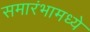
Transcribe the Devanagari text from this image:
समारंभामध्ये